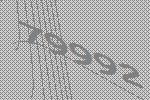
79992